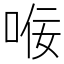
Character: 𫪢